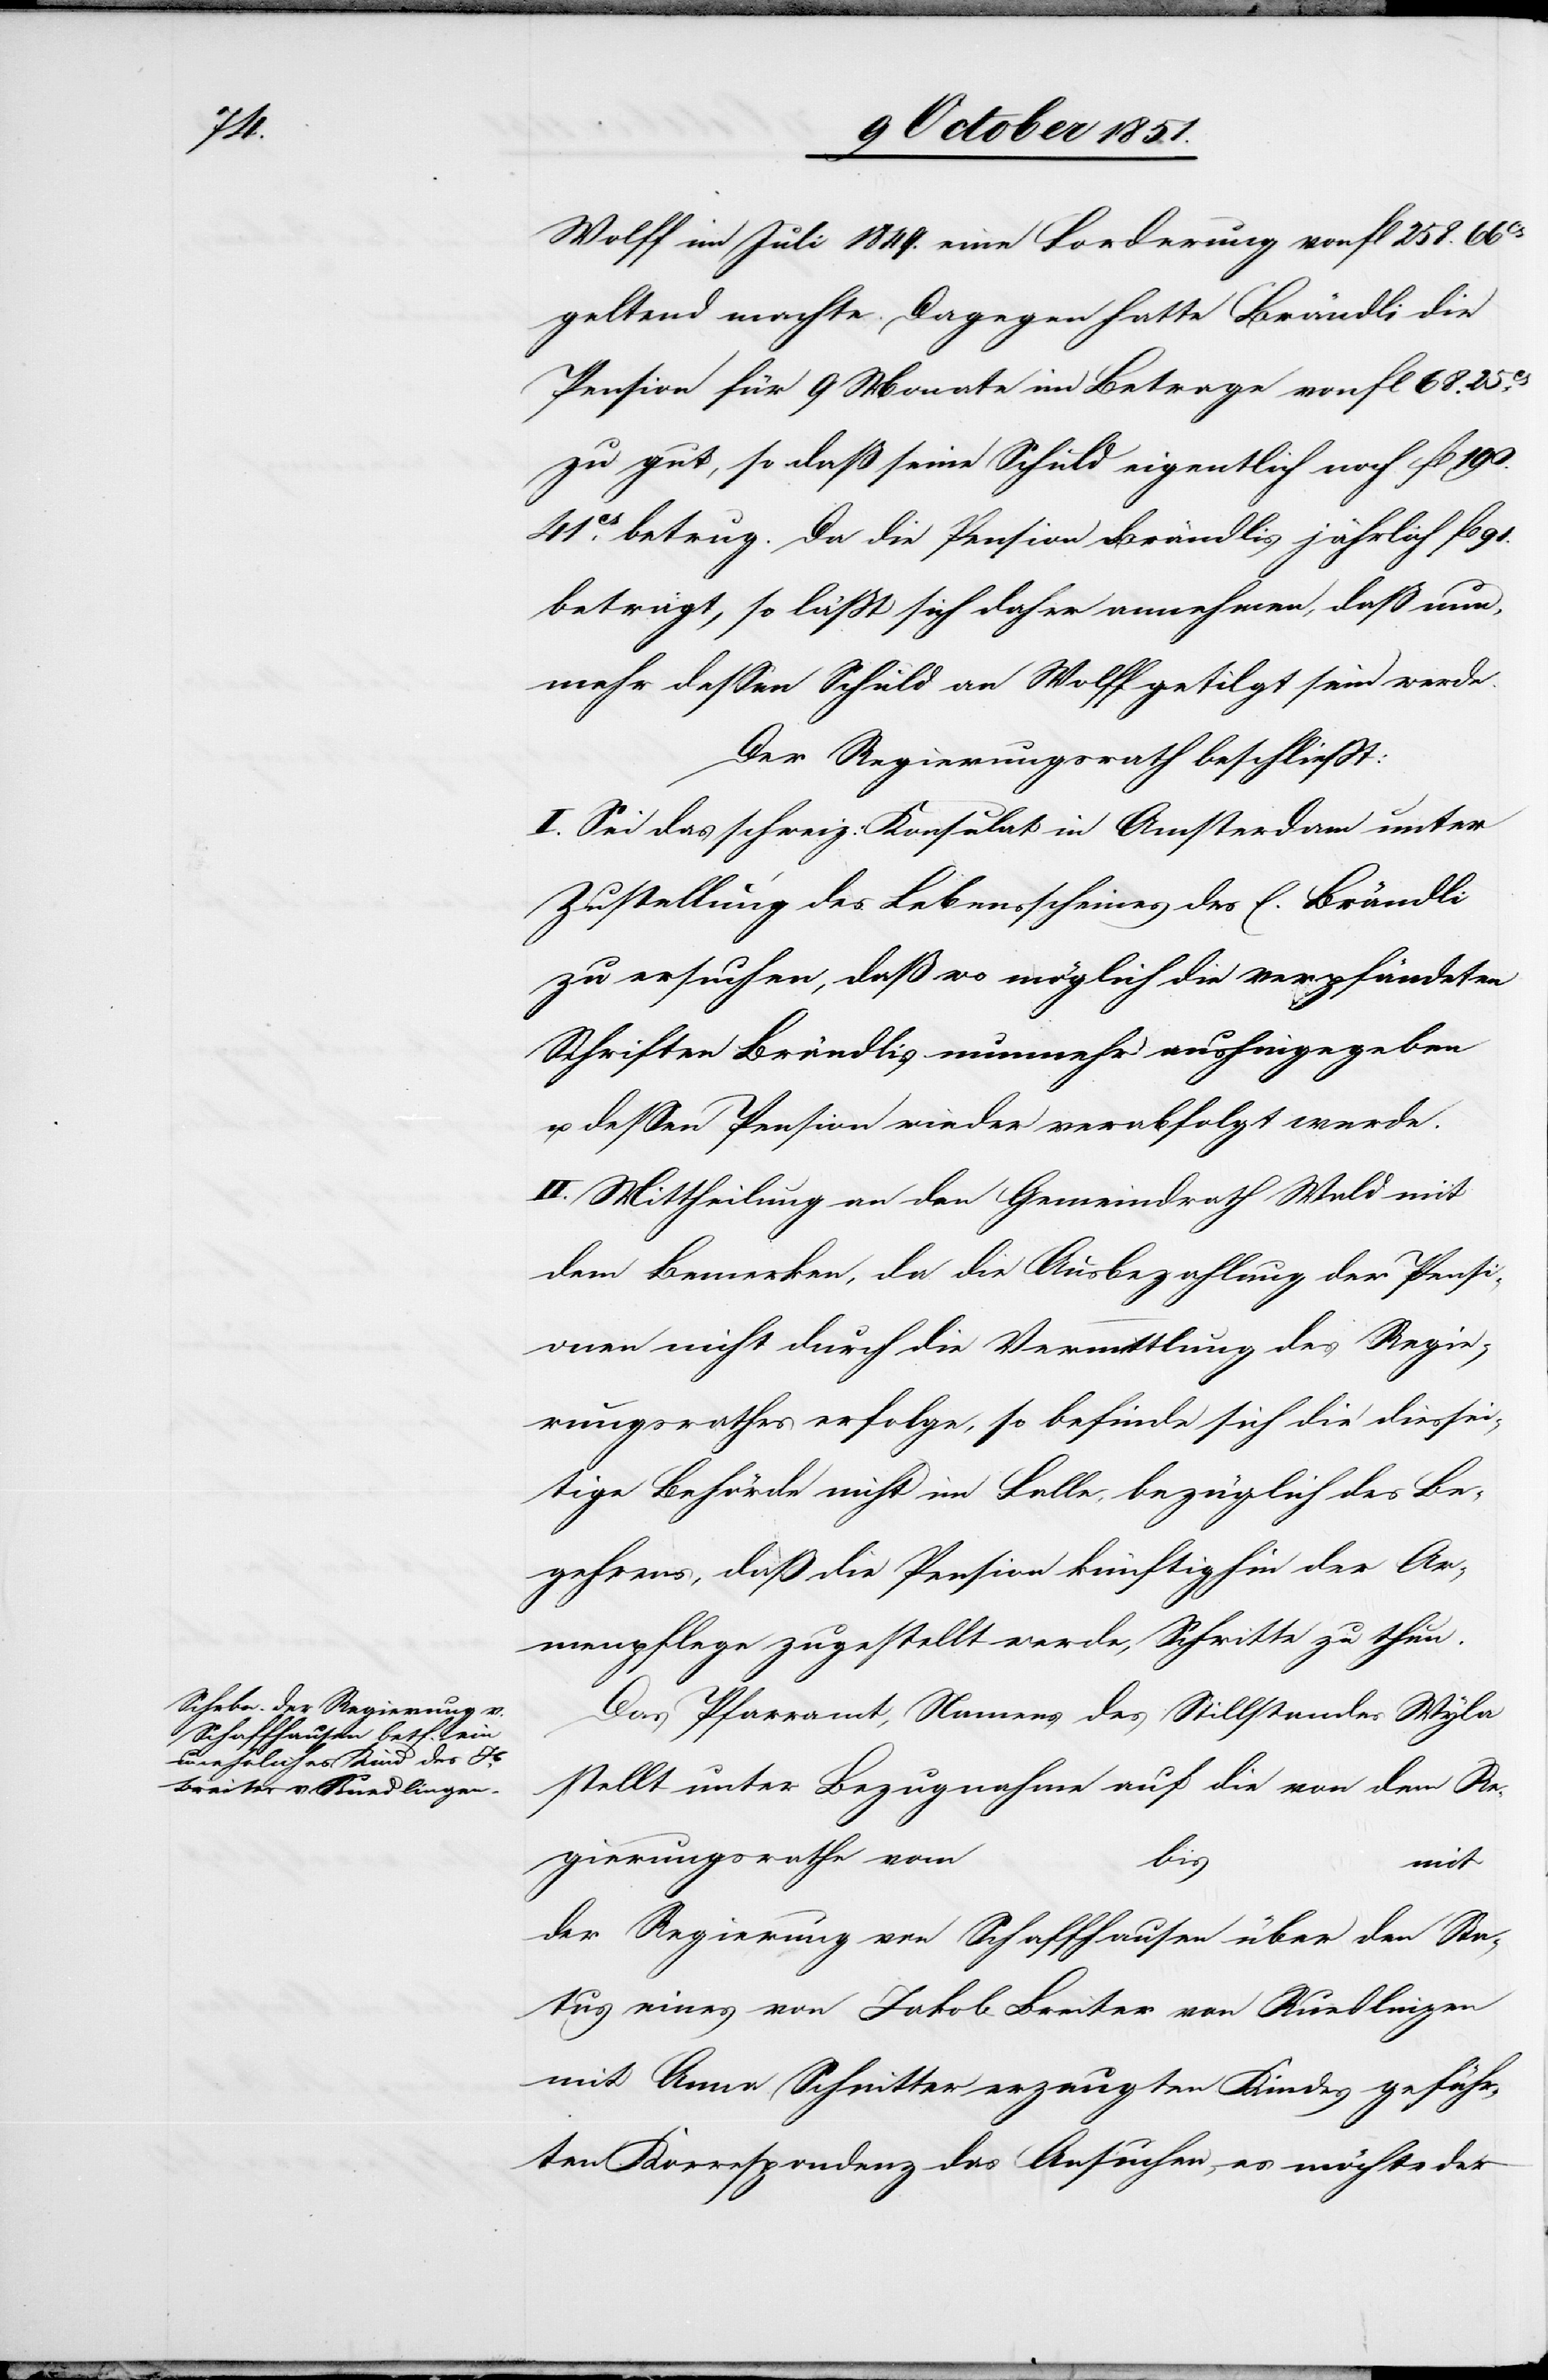
Wolff im Juli 1849. eine Forderung von fl 258. 66cs
geltend machte. Dagegen hatte Brändli die
Pension für 9 Monate im Betrage von fl 68. 25cs
zu gut, so daß seine Schuld eigentlich noch fl 190.
41cs betrug. Da die Pension Brändlis jährlich fl 91.
beträgt, so läßt sich daher annehmen, daß nun¬
mehr dessen Schuld an Wolff getilgt sein werde.
Der Regierungsrath beschließt:
I. Sei das schweiz: Konsulat in Amsterdam unter
Zustellung des Lebensscheines des E. Brändli
zu ersuchen, daß wo möglich die verpfändeten
Schriften Brändlis nunmehr aushingegeben
u. dessen Pension wieder verabfolgt werde.
II. Mittheilung an den Gemeindrath Wald mit
dem Bemerken, da die Ausbezahlung der Pensi¬
onen nicht durch die Vermittlung des Regie¬
rungsrathes erfolge, so befinde sich die diessei¬
tige Behörde nicht im Falle, bezüglich des Be¬
gehrens, daß die Pension künftighin der Ar¬
menpflege zugestellt werde, Schritte zu thun.
Das Pfarramt, Namens des Stillstandes Wyla
stellt unter Bezugnahme auf die von dem Re¬
gierungsrathe vom
bis
mit
der Regierung von Schaffhausen über den Sta¬
tus eines von Jakob Breiter von Ruedlingen
mit Anna Schnitter erzeugten Kindes geführ¬
ten Korrespondenz das Ansuchen, es möchte der